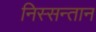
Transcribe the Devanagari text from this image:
निस्सन्तान